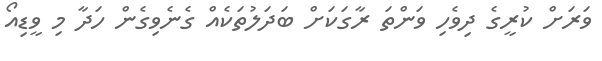
ވަރަށް ކުރީގެ ދިވެހި ވަންތަ ރާގަކަށް ބަދަލުތަކެއް ގެނެވިގެން ހަދާ މި ވީޑިއޯ